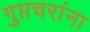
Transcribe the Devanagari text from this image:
गुप्तचरांना